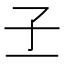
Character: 𡤽